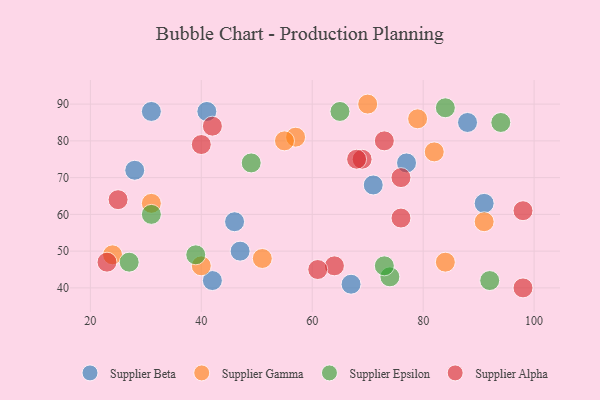
{"axis": {"x": "GDP", "y": "Life Expectancy"}, "legend": ["Supplier Alpha", "Supplier Beta", "Supplier Epsilon", "Supplier Gamma"], "data": [{"x": "47", "y": 50, "type": "Supplier Beta"}, {"x": "71", "y": 68, "type": "Supplier Beta"}, {"x": "46", "y": 58, "type": "Supplier Beta"}, {"x": "28", "y": 72, "type": "Supplier Beta"}, {"x": "41", "y": 88, "type": "Supplier Beta"}, {"x": "77", "y": 74, "type": "Supplier Beta"}, {"x": "91", "y": 63, "type": "Supplier Beta"}, {"x": "67", "y": 41, "type": "Supplier Beta"}, {"x": "88", "y": 85, "type": "Supplier Beta"}, {"x": "42", "y": 42, "type": "Supplier Beta"}, {"x": "31", "y": 88, "type": "Supplier Beta"}, {"x": "31", "y": 63, "type": "Supplier Gamma"}, {"x": "79", "y": 86, "type": "Supplier Gamma"}, {"x": "91", "y": 58, "type": "Supplier Gamma"}, {"x": "70", "y": 90, "type": "Supplier Gamma"}, {"x": "57", "y": 81, "type": "Supplier Gamma"}, {"x": "55", "y": 80, "type": "Supplier Gamma"}, {"x": "82", "y": 77, "type": "Supplier Gamma"}, {"x": "84", "y": 47, "type": "Supplier Gamma"}, {"x": "40", "y": 46, "type": "Supplier Gamma"}, {"x": "51", "y": 48, "type": "Supplier Gamma"}, {"x": "24", "y": 49, "type": "Supplier Gamma"}, {"x": "94", "y": 85, "type": "Supplier Epsilon"}, {"x": "31", "y": 60, "type": "Supplier Epsilon"}, {"x": "27", "y": 47, "type": "Supplier Epsilon"}, {"x": "92", "y": 42, "type": "Supplier Epsilon"}, {"x": "74", "y": 43, "type": "Supplier Epsilon"}, {"x": "39", "y": 49, "type": "Supplier Epsilon"}, {"x": "73", "y": 46, "type": "Supplier Epsilon"}, {"x": "65", "y": 88, "type": "Supplier Epsilon"}, {"x": "84", "y": 89, "type": "Supplier Epsilon"}, {"x": "49", "y": 74, "type": "Supplier Epsilon"}, {"x": "76", "y": 70, "type": "Supplier Alpha"}, {"x": "76", "y": 59, "type": "Supplier Alpha"}, {"x": "64", "y": 46, "type": "Supplier Alpha"}, {"x": "61", "y": 45, "type": "Supplier Alpha"}, {"x": "98", "y": 40, "type": "Supplier Alpha"}, {"x": "69", "y": 75, "type": "Supplier Alpha"}, {"x": "25", "y": 64, "type": "Supplier Alpha"}, {"x": "23", "y": 47, "type": "Supplier Alpha"}, {"x": "73", "y": 80, "type": "Supplier Alpha"}, {"x": "68", "y": 75, "type": "Supplier Alpha"}, {"x": "42", "y": 84, "type": "Supplier Alpha"}, {"x": "98", "y": 61, "type": "Supplier Alpha"}, {"x": "40", "y": 79, "type": "Supplier Alpha"}]}